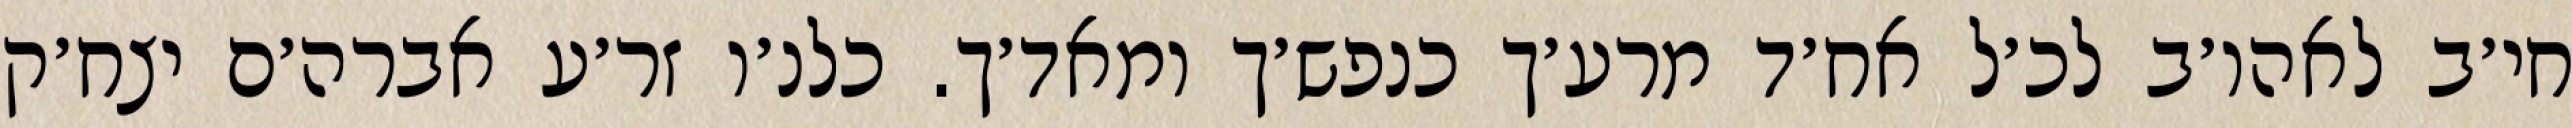
חי׳ב לאהו׳ב לכ׳ל אח׳ד מרע׳ך כנפש׳ך ומאד׳ך. כלנ׳ו זר׳ע אברה׳ם יצח׳ק